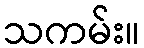
သကမ်း။